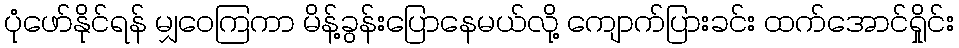
ပုံဖော်နိုင်ရန် မျှဝေကြကာ မိန့်ခွန်းပြောနေမယ်လို့ ကျောက်ပြားခင်း ထက်အောင်ရှိုင်း